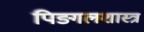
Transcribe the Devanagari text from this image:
पिङ्गलशास्त्र